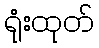
ရုံးထုတ်